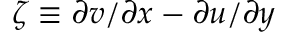
\zeta \equiv \partial v / \partial x - \partial u / \partial y